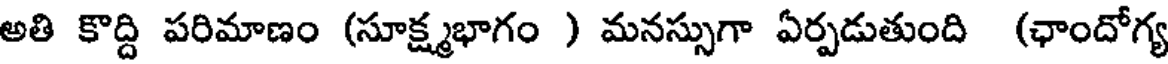
అతి కొద్ది పరిమాణం (సూక్ష్మభాగం ) మనస్సుగా ఏర్పడుతుంది (ఛాందోగ్య